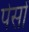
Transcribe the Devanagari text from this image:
पेसों